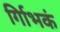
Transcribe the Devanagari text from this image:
र्गािभकं